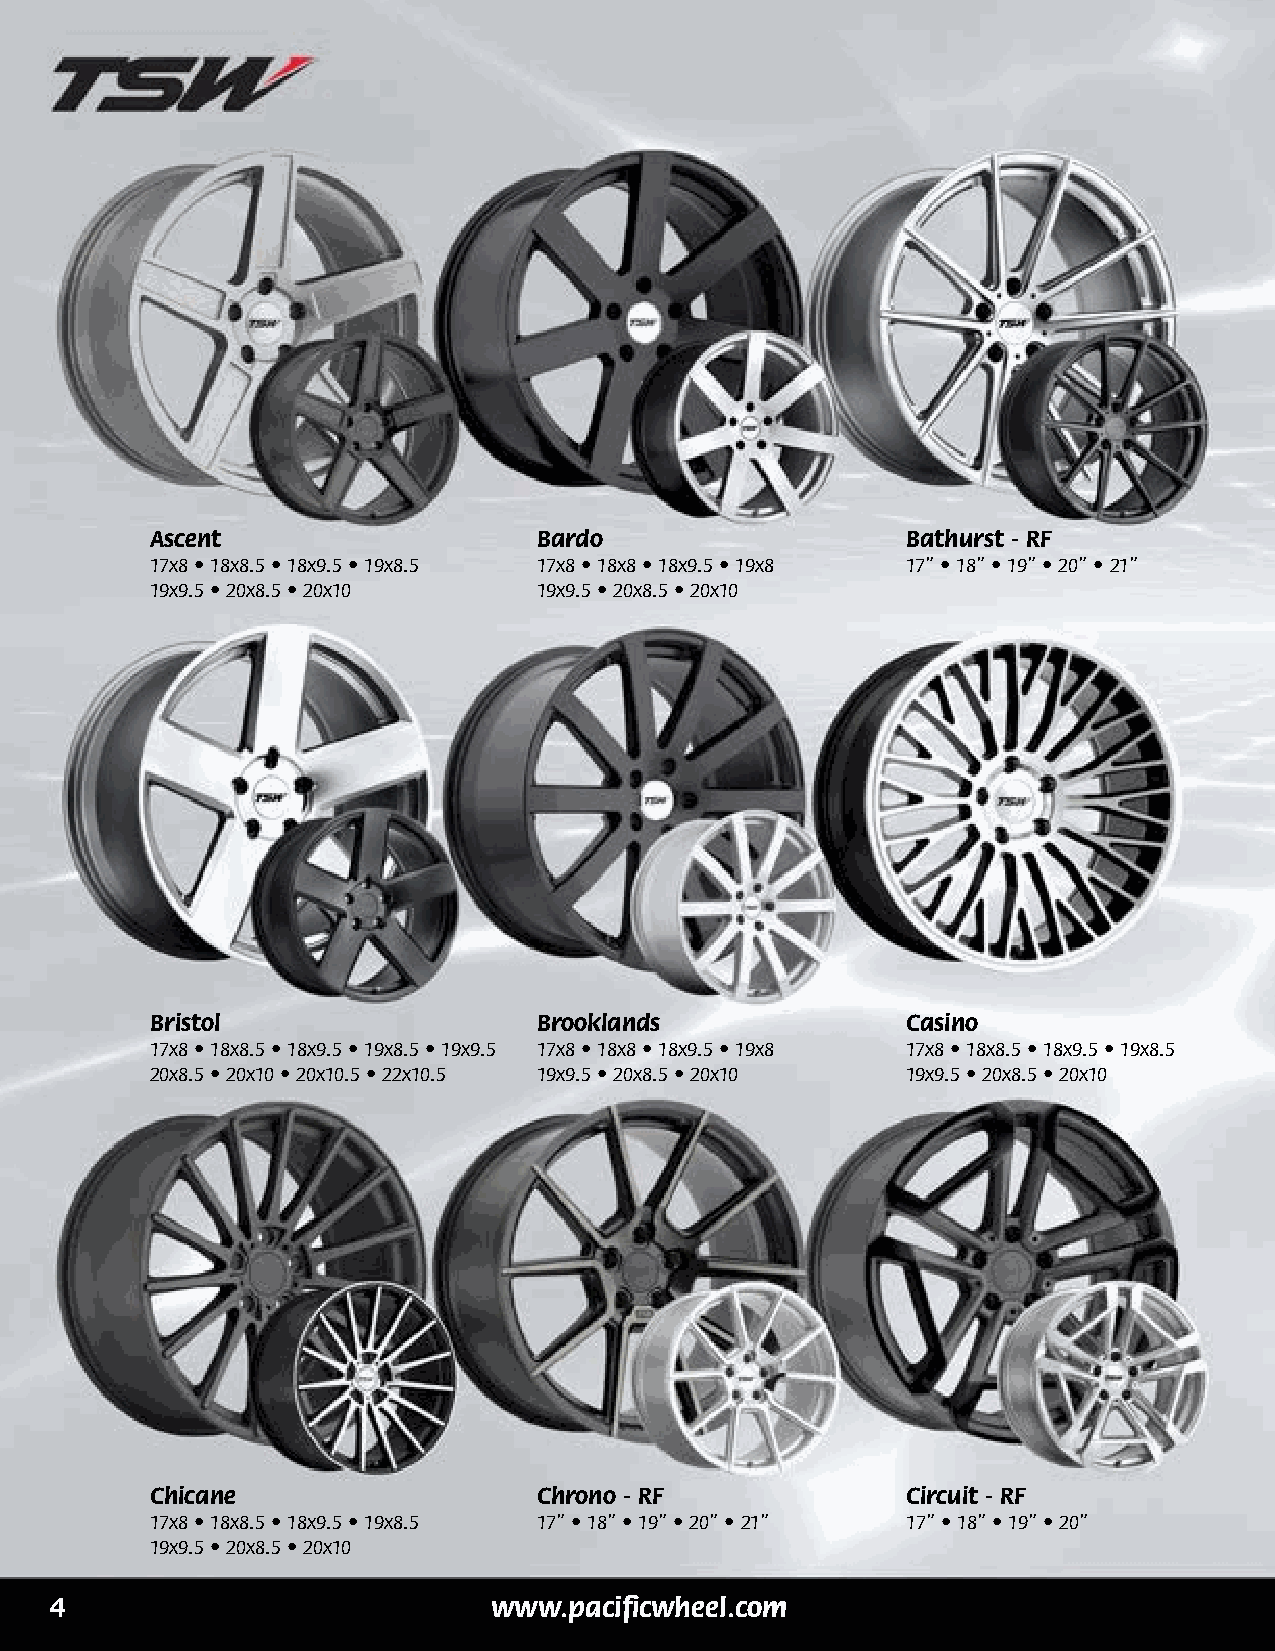
Ascent                    Bardo                   Bathurst - RF
 17x8 • 18x8.5 • 18x9.5 • 19x8.5 17x8 • 18x8 • 18x9.5 • 19x8 17” • 18” • 19” • 20” • 21”
 19x9.5 • 20x8.5 • 20x10   19x9.5 • 20x8.5 • 20x10
 Bristol                   Brooklands              Casino
 17x8 • 18x8.5 • 18x9.5 • 19x8.5 • 19x9.5 17x8 • 18x8 • 18x9.5 • 19x8 17x8 • 18x8.5 • 18x9.5 • 19x8.5
 20x8.5 • 20x10 • 20x10.5 • 22x10.5 19x9.5 • 20x8.5 • 20x10 19x9.5 • 20x8.5 • 20x10
 Chicane                   Chrono - RF             Circuit - RF
 17x8 • 18x8.5 • 18x9.5 • 19x8.5 17” • 18” • 19” • 20” • 21” 17” • 18” • 19” • 20”
 19x9.5 • 20x8.5 • 20x10
 4                             www.pacificwheel.com